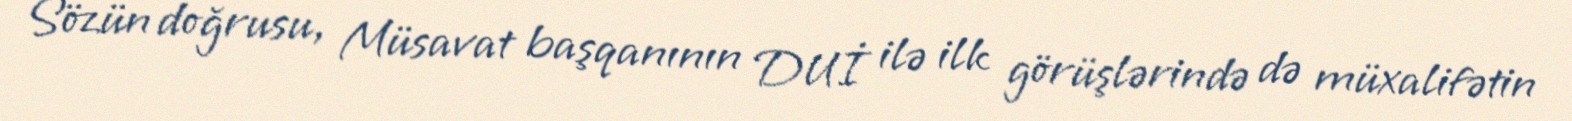
Sözün doğrusu, Müsavat başqanının DUİ ilə ilk görüşlərində də müxalifətin